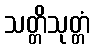
သတ္တိသုတ္တံ